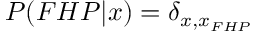
P ( F H P | x ) = \delta _ { x , x _ { F H P } }